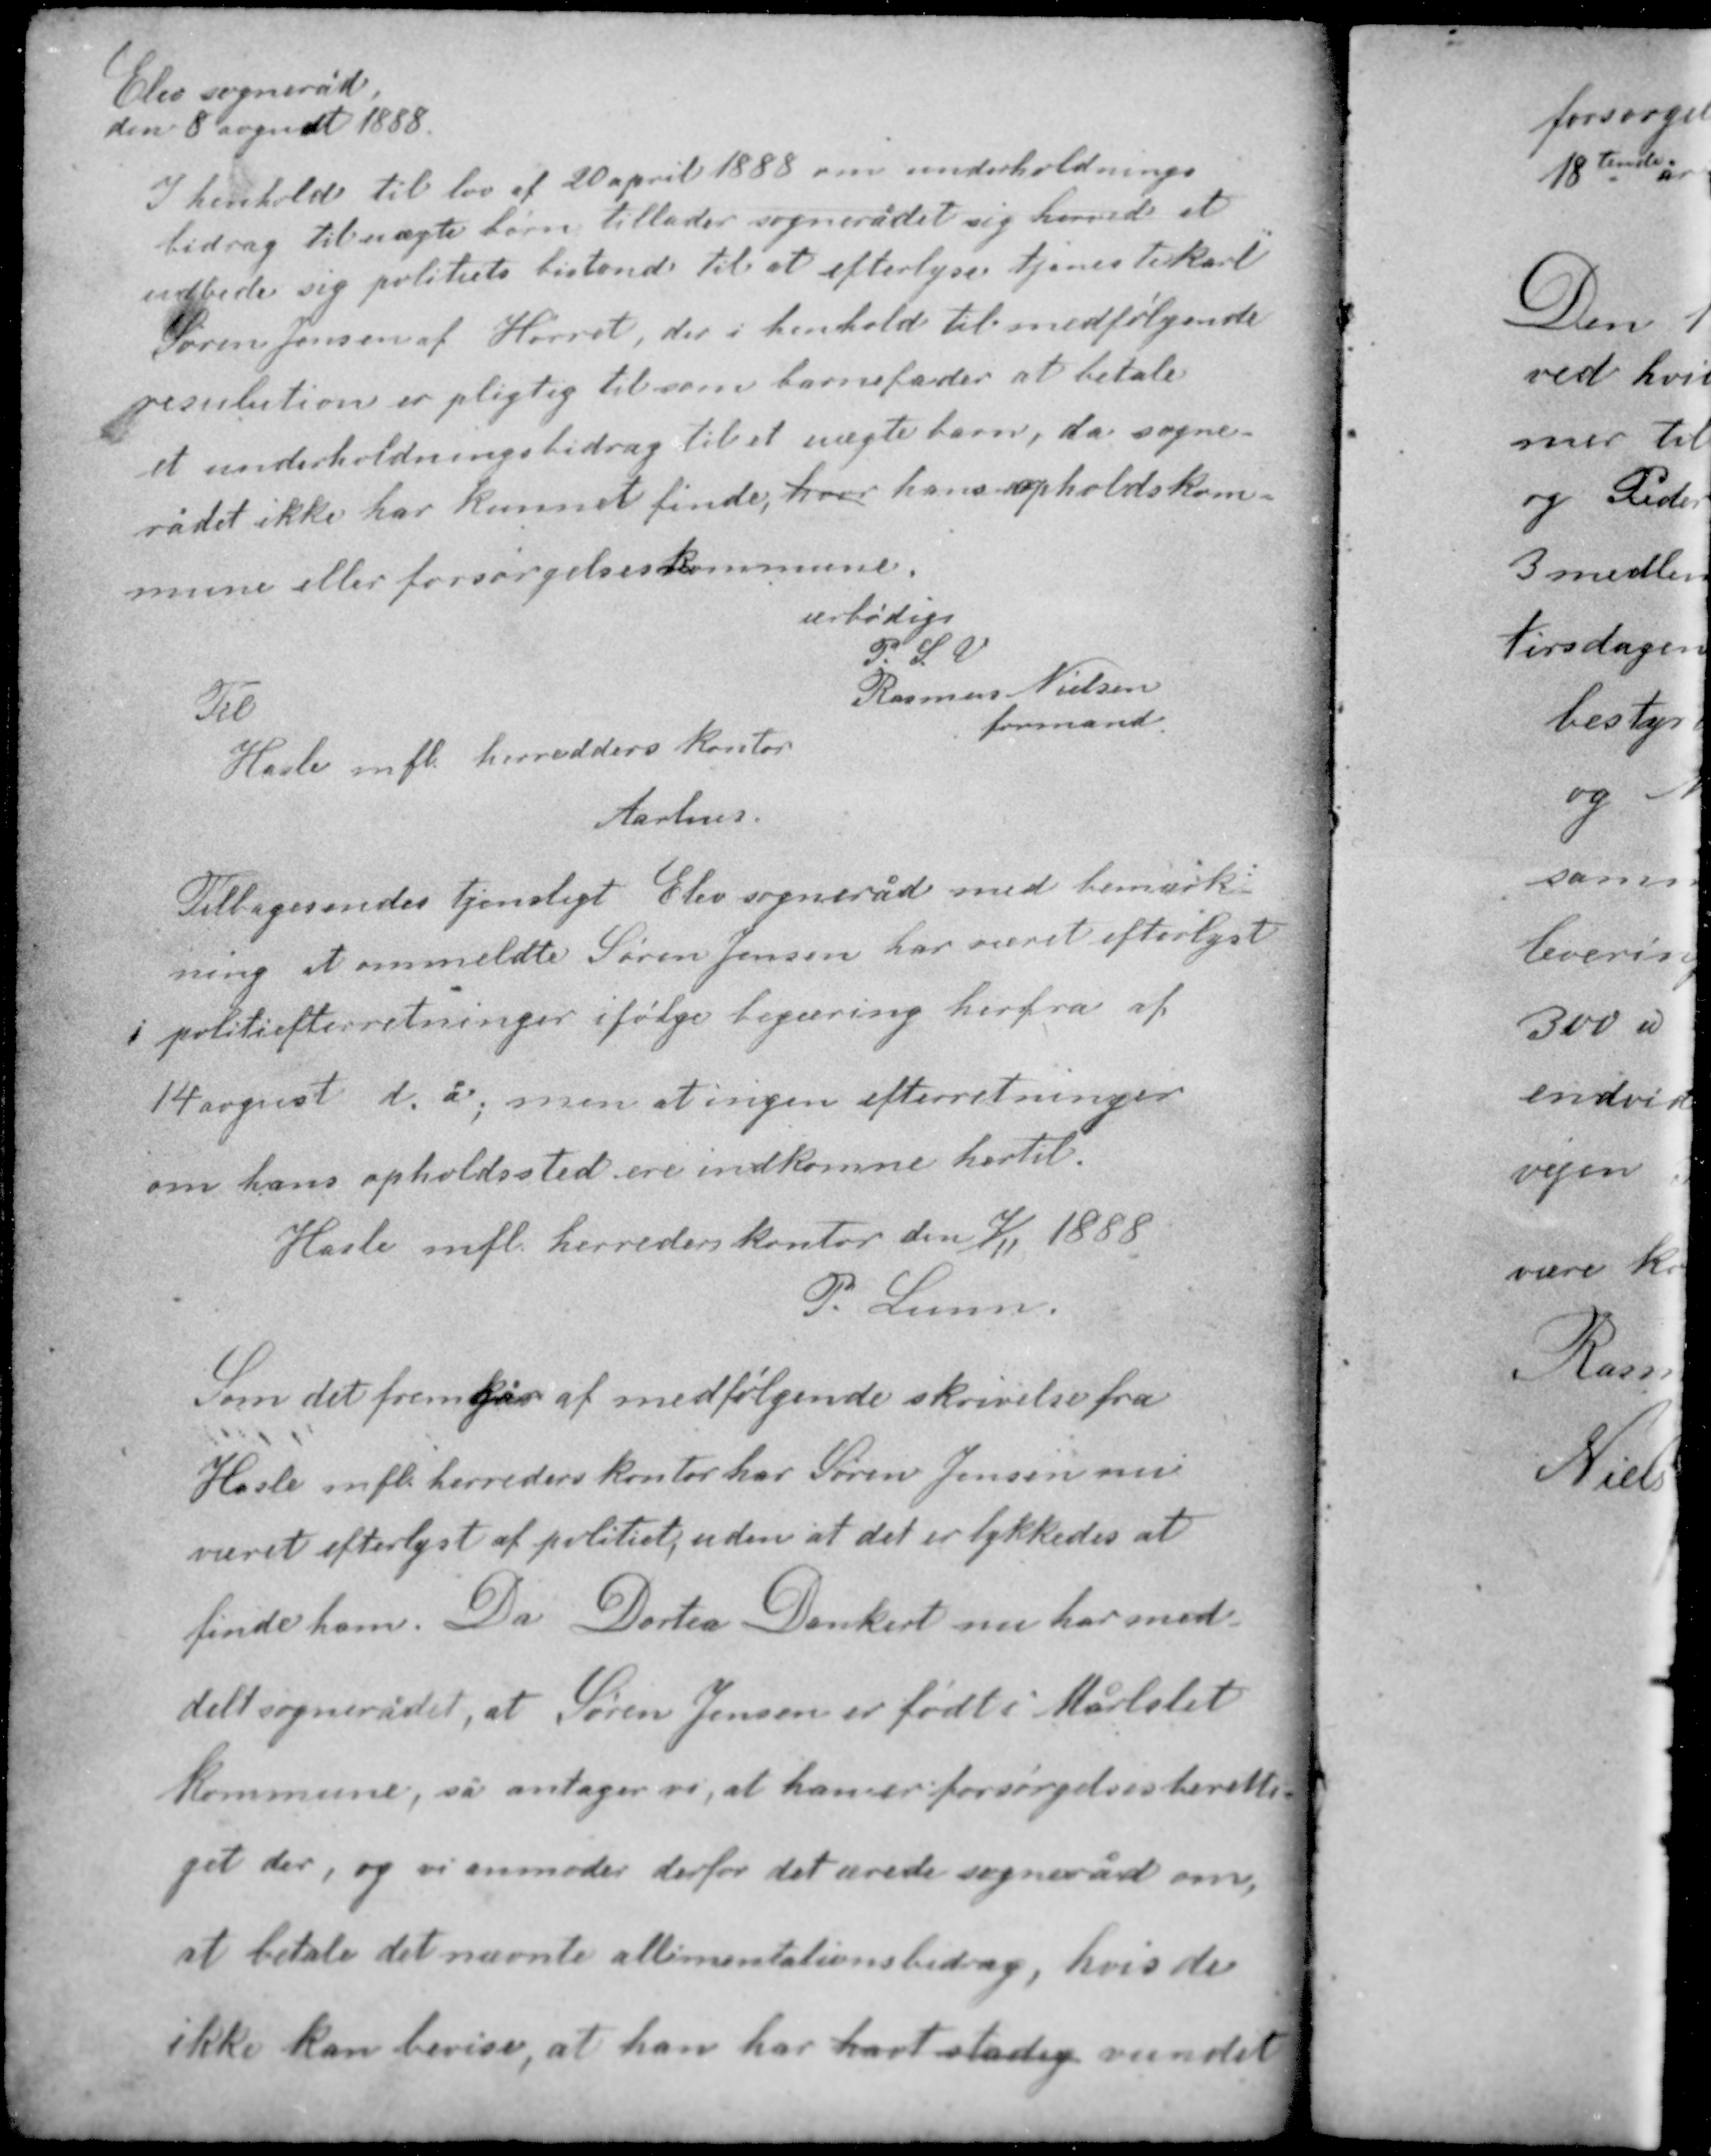
Transskription:
Elev sogneråd
den 8 august 1888

I henhold til lov af 20 april 1888 om underholdnings-
bidrag til uægte børn tillader sognerådet sig hermed at
udbede sig politiets bistand til at efterlyse tjenestekarl
Søren Jensen af Hørret, der i henhold til medfølgende
resulution er pligtig til som barnefader at betale
et underholdningsbidrag til et uægte barn, da sogne-
rådet ikke har kunnet finde, hvor hans opholdskom
mune eller forsørgelseskommune.

ærbødigt
P. S. V.
Rasmus Nielsen
formand

Til
Hasle m.fl. herredders kontor
Aarhus

Tilbagesendes tjenstligt Elev sogneråd med bemærk-
ning at ommeldte Søren Jensen har været efterlyst
i politiefterretninger ifølge begæring herfra af
14 august d. å., men at ingen efterretninger
om hans opholdssted ere indkomne hertil.
Hasle mfl. herreders kontor den 7/11 1888
P. Lunn.

Som det fremgår af medfølgende skrivelse fra
Hasle mfl. herreders kontor har Søren Jensen nu
været efterlyst af politiet, uden at det er lykkedes at
finde ham. Da Dortea Donkert nu har med-
delt sognerådet, at Søren Jensen er født i Mårslet
kommune, så antager vi, at han er forsørgelsesberetti-
get der, og vi anmoder derfor det ærede sogneråd om,
at betale det nævnte allimentationsbidrag, hvis de
ikke kan bevise, at han har havt stadig vundet